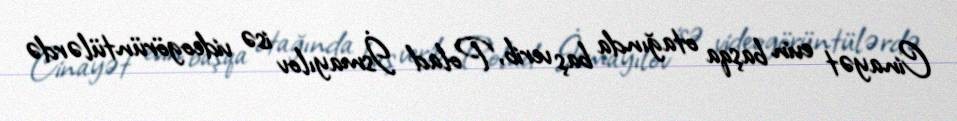
Cinayət evin başqa otağında baş verib, Polad İsmayılov isə videogörüntülərdə